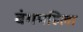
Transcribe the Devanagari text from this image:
बंगमहिला